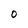
Character: o